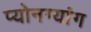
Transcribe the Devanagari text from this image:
प्योनग्यांग